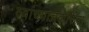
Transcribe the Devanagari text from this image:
त्यांच्याचकरिता